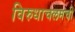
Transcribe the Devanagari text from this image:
विरुधाचलमची